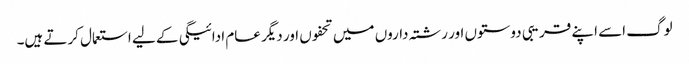
لوگ اسے اپنے قریبی دوستوں اور رشتہ داروں میں تحفوں اور دیگر عام ادائیگی کے لیے استعمال کرتے ہیں۔